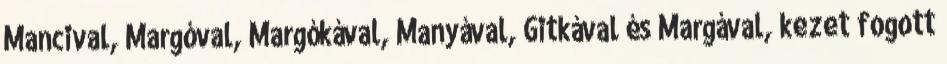
Mancival, Margóval, Margókával, Manyával, Gitkával és Margával, kezet fogott